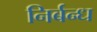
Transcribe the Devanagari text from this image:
निर्बन्ध